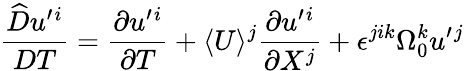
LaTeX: \frac{\widehat{D}u^{\prime}{}^{i}}{DT}=\frac{\partial u^{\prime}{}^{i}}{\partial T}+\langle U\rangle^{j}\frac{\partial u^{\prime}{}^{i}}{\partial X^{j}}+\epsilon^{jik}\Omega_{0}^{k}u^{\prime}{}^{j}